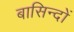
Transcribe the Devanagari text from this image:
बासिन्दों